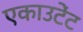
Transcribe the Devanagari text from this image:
एकाउटेंट